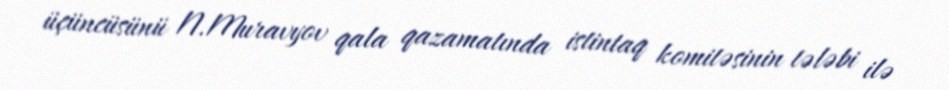
üçüncüsünü N.Muravyov qala qazamatında istintaq komitəsinin tələbi ilə